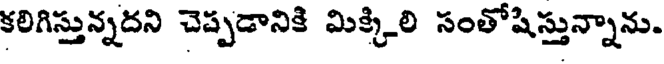
కలిగిస్తున్నదని చెప్పడానికి మిక్కిలి సంతోషిస్తున్నాను.